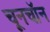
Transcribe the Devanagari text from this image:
चूनचॉन